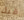
قبل